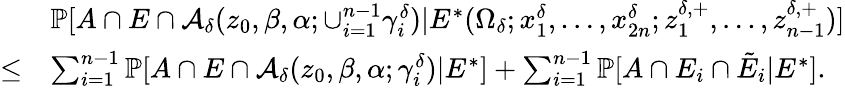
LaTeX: \begin{array}{rl}&{\mathbb{P}[A\cap E\cap\mathcal{A}_{\delta}(z_{0},\beta,\alpha;\cup_{i=1}^{n-1}\gamma_{i}^{\delta})|E^{*}(\Omega_{\delta};x_{1}^{\delta},\ldots,x_{2n}^{\delta};z_{1}^{\delta,+},\ldots,z_{n-1}^{\delta,+})]}\\ {\le}&{\sum_{i=1}^{n-1}\mathbb{P}[A\cap E\cap\mathcal{A}_{\delta}(z_{0},\beta,\alpha;\gamma_{i}^{\delta})|E^{*}]+\sum_{i=1}^{n-1}\mathbb{P}[A\cap E_{i}\cap\tilde{E}_{i}|E^{*}].}\end{array}